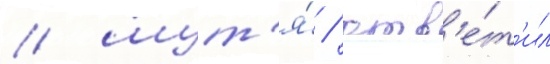
/ шут'я́ / отв'е́т'ил